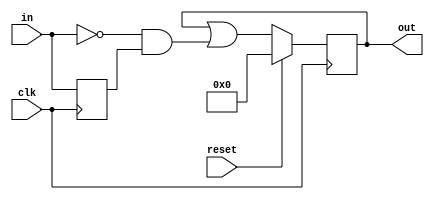
module top_module (
    input clk,
    input reset,
    input [31:0] in,
    output [31:0] out
);
    wire [31:0] in_last;
    always @ (posedge clk) begin
        in_last <= in;
        if (reset) 
            out <= '0;
        else
            out <= out | ~in&in_last;
        // ~in&in_last to detect negative edge
        // add an OR gate to latch the output
        
        // or write if else in ternary form
        // out = reset ? 0 : out | ~in&in_last ; 
    end

endmodule